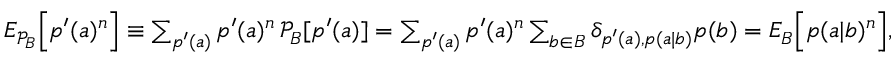
\begin{array} { r } { { E } _ { \mathcal { P } _ { B } } \Big [ p ^ { \prime } ( a ) ^ { n } \Big ] \equiv \sum _ { p ^ { \prime } ( a ) } p ^ { \prime } ( a ) ^ { n } \, \mathcal { P } _ { B } [ p ^ { \prime } ( a ) ] = \sum _ { p ^ { \prime } ( a ) } p ^ { \prime } ( a ) ^ { n } \sum _ { b \in B } \delta _ { p ^ { \prime } ( a ) , p ( a | b ) } p ( b ) = { E } _ { B } \Big [ p ( a | b ) ^ { n } \Big ] , } \end{array}